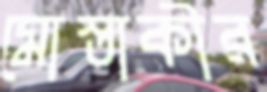
মোস্তাকীর